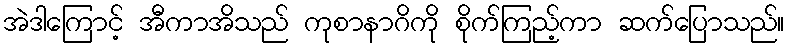
အဲဒါကြောင့် အီကာအိသည် ကုစာနာဂိကို စိုက်ကြည့်ကာ ဆက်ပြောသည်။